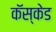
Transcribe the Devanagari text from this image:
कॅस्केड